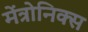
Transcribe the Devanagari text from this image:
मेंत्रोनिक्स